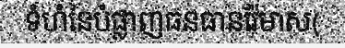
ទំហំនៃបំផ្លាញធនធានរ៉ែមាស(